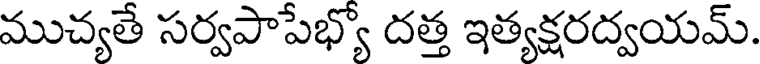
ముచ్యతే సర్వపాపేభ్యో దత్త ఇత్యక్షరద్వయమ్.